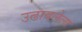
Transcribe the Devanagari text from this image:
उढावलेला